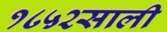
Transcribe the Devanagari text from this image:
१८५२साली